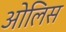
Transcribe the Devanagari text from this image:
ओलिस